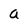
Character: a